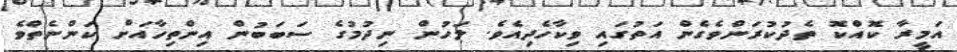
އަމީރާ ކޮއްކޮ ތެދުކުރަންވެގެން އަތުގައި ވިކާހެދިއެވެ. ލަހުން ނިދުމުގެ ސަބަބުން އިންތިހާއަށް ކަންނެތްވެ